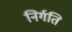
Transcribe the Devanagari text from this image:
निर्गति